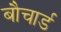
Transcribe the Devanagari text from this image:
बौचार्ड